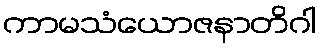
ကာမသံယောဇနာတိဂါ